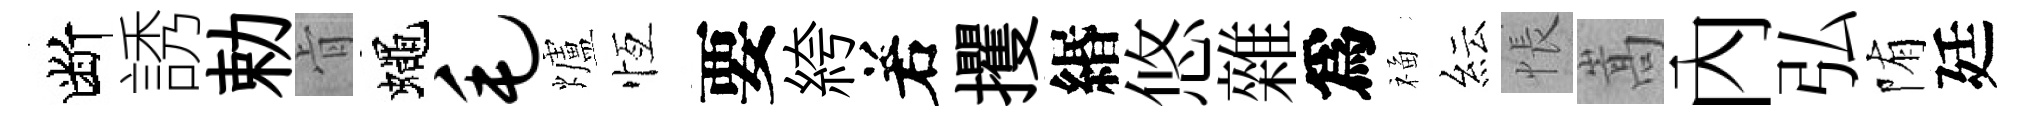
断誘勅肻蠅毛爐恆要絝𠰥攫緡悠雜爲福紜悵嵩內弘陏廷